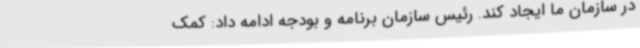
در سازمان ما ایجاد کند. رئیس سازمان برنامه و بودجه ادامه داد: کمک